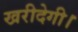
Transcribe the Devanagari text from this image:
खरीदेगी।